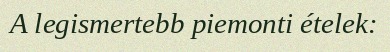
A legismertebb piemonti ételek: